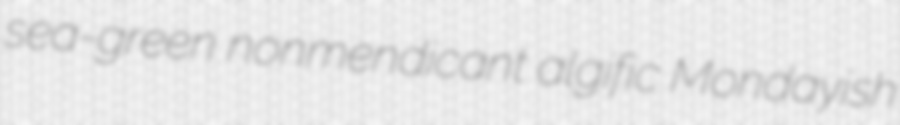
sea-green nonmendicant algific Mondayish